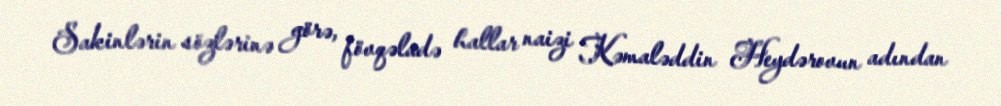
Sakinlərin sözlərinə görə, fövqəladə hallar naizi Kəmaləddin Heydərovun adından